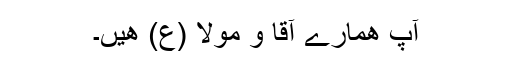
آپ ھمارے آقا و مولا (ع) ھیں۔